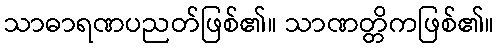
သာဓာရဏပညတ်ဖြစ်၏။ သာဏတ္တိကဖြစ်၏။